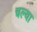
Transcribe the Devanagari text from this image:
चल्या